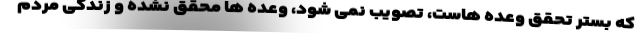
که بستر تحقق وعده هاست، تصویب نمی شود، وعده ها محقق نشده و زندگی مردم